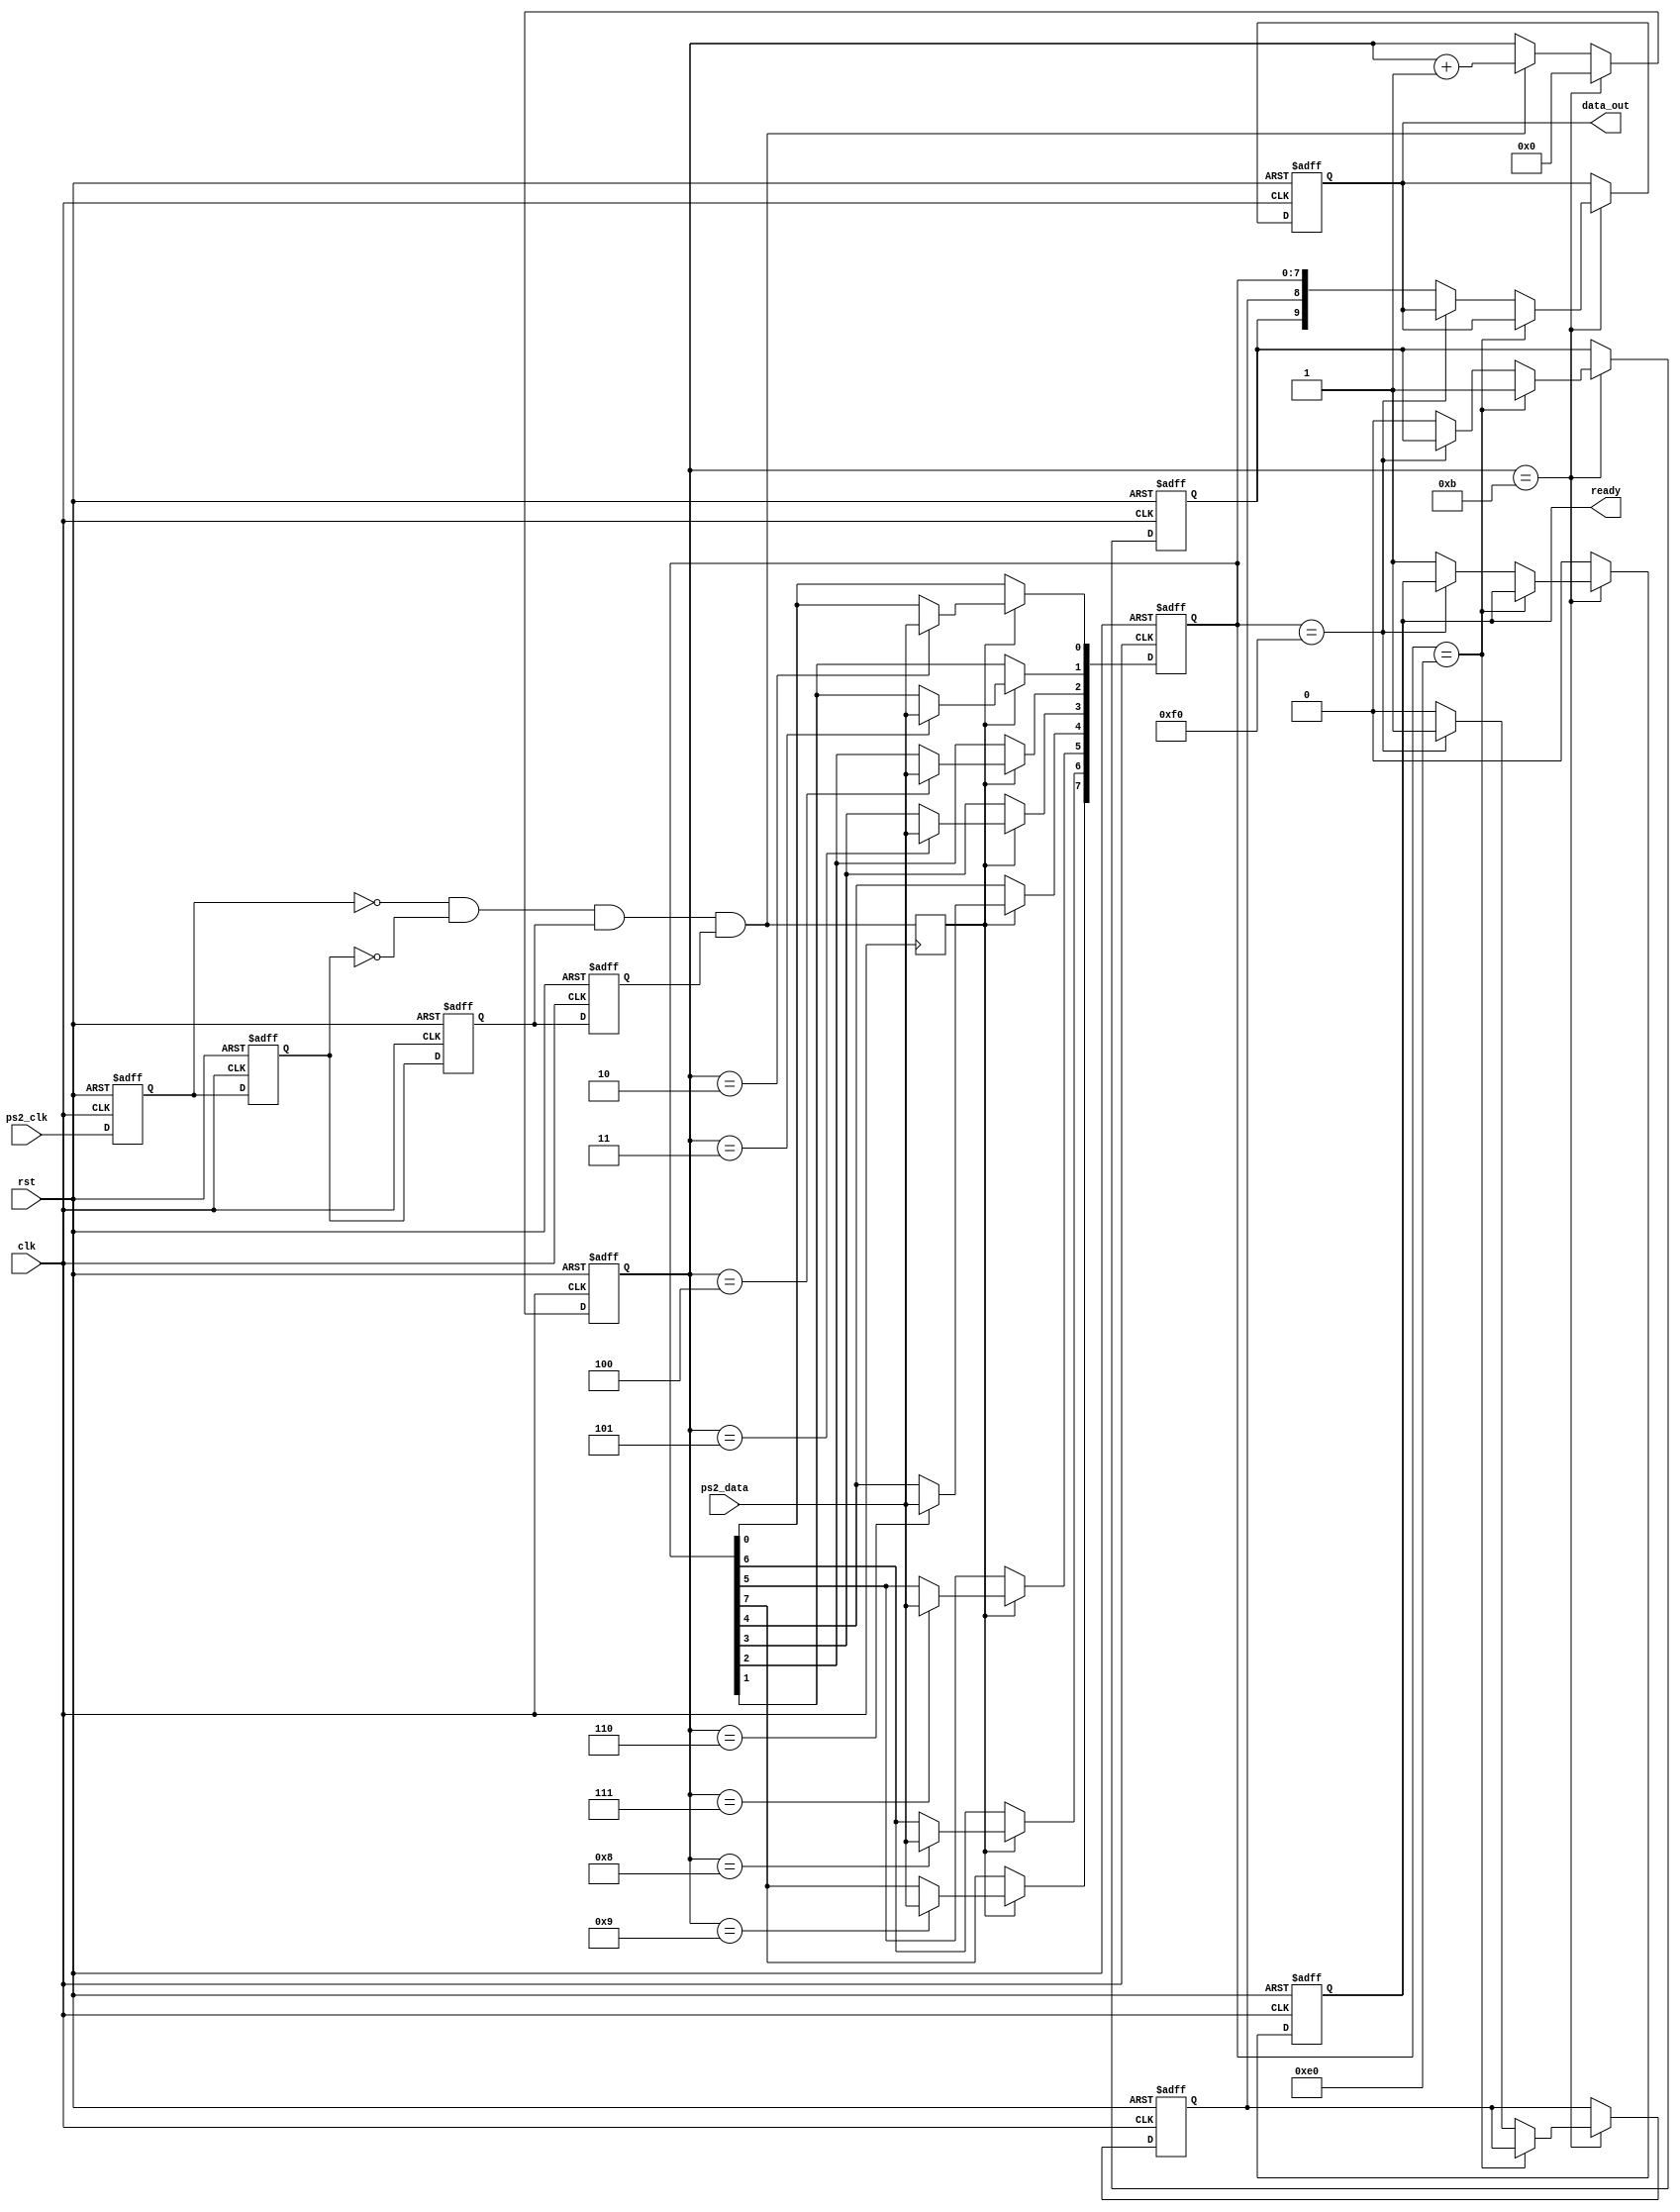
`timescale 1ns / 1ps
//////////////////////////////////////////////////////////////////////////////////
// Company:
// Engineer:
//
// Design Name:
// Module Name:    PS2
// Project Name:
// Target Devices:
// Tool versions:
// Description:
//
// Dependencies:
//
// Revision:
// Revision 0.01 - File Created
// Additional Comments:
//
//////////////////////////////////////////////////////////////////////////////////
module PS2 (input clk,
            input rst,
            input ps2_clk,
            input ps2_data,
            output reg [9:0] data_out,
            output reg ready);
    
    reg ps2_clk_sign0, ps2_clk_sign1, ps2_clk_sign2, ps2_clk_sign3;
    wire negedge_ps2_clk;
    
    always @ (posedge clk or posedge rst) begin
        if (rst) begin
            ps2_clk_sign0 <= 1'b0;
            ps2_clk_sign1 <= 1'b0;
            ps2_clk_sign2 <= 1'b0;
            ps2_clk_sign3 <= 1'b0;
        end
        else begin
            ps2_clk_sign0 <= ps2_clk;
            ps2_clk_sign1 <= ps2_clk_sign0;
            ps2_clk_sign2 <= ps2_clk_sign1;
            ps2_clk_sign3 <= ps2_clk_sign2;
        end
    end
    
    assign negedge_ps2_clk = !ps2_clk_sign0 & !ps2_clk_sign1 & ps2_clk_sign2 & ps2_clk_sign3;
    reg [3:0] cnt;
    always @(posedge clk or posedge rst) begin
        if (rst)
            cnt <= 4'd0;
        else if (cnt == 4'd11)
            cnt <= 4'd0;
        else if (negedge_ps2_clk)
            cnt <= cnt + 1'b1;
        
    end
    
    reg negedge_ps2_clk_shift;
    always @ (posedge clk) begin
        negedge_ps2_clk_shift <= negedge_ps2_clk;
    end
    
    reg [7:0] data_in;
    always @ (posedge clk or posedge rst) begin
        if (rst)
            data_in <= 8'd0;
        else if (negedge_ps2_clk_shift) begin
            case(cnt)
                4'd2: data_in[0] <= ps2_data;
                4'd3: data_in[1] <= ps2_data;
                4'd4: data_in[2] <= ps2_data;
                4'd5: data_in[3] <= ps2_data;
                4'd6: data_in[4] <= ps2_data;
                4'd7: data_in[5] <= ps2_data;
                4'd8: data_in[6] <= ps2_data;
                4'd9: data_in[7] <= ps2_data;
                default: data_in <= data_in;
            endcase
        end
        else
            data_in <= data_in;
    end
    
    reg key_break, key_expand;
    always @ (posedge clk or posedge rst) begin
        if (rst) begin
            key_break  <= 1'b0;
            data_out   <= 10'd0;
            ready      <= 1'b0;
            key_expand <= 1'b0;
        end
        else if (cnt == 4'd11) begin
            if (data_in == 8'hE0)
                key_expand <= 1'b1;
            else if (data_in == 8'hF0)
                key_break <= 1'b1;
            else begin
                data_out   <= {key_expand, key_break, data_in};
                ready      <= 1'b1;
                key_expand <= 1'b0;
                key_break  <= 1'b0;
            end
        end
        else begin
            data_out   <= data_out;
            ready      <= 1'b0;
            key_expand <= key_expand;
            key_break  <= key_break;
        end
    end
    
endmodule